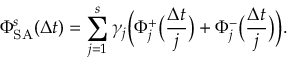
\Phi _ { \mathrm { S A } } ^ { s } ( \Delta t ) = \sum _ { j = 1 } ^ { s } \gamma _ { j } \Big ( \Phi _ { j } ^ { + } \big ( \frac { \Delta t } { j } \big ) + \Phi _ { j } ^ { - } \big ( \frac { \Delta t } { j } \big ) \Big ) .